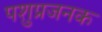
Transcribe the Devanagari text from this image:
पशुप्रजनक